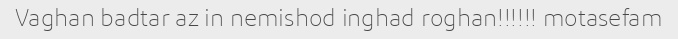
Vaghan badtar az in nemishod inghad roghan!!!!!! motasefam